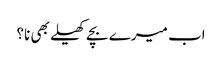
اب میرے بچے کھیلے بھی نا؟